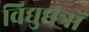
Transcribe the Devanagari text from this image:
विद्युद्यंत्रों